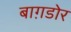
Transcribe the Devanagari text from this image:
बाग़डोर